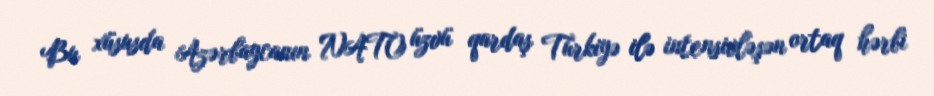
Bu xüsusda Azərbaycanın NATO üzvü qardaş Türkiyə ilə intensivləşən ortaq hərbi